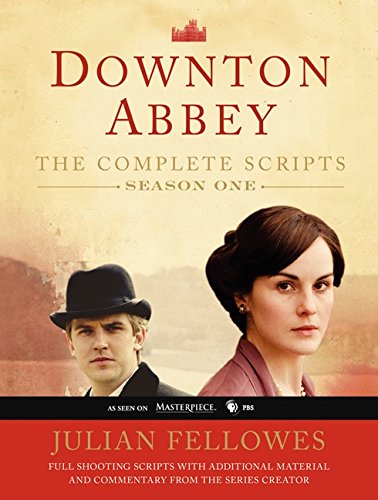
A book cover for Downton Abbey Script Book Season 1; Julian Fellowes; Humor & Entertainment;